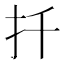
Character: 扦